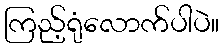
ကြည့်ရုံလောက်ပါပဲ။